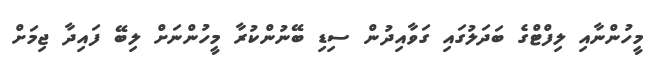
މީހުންނާއި ލިފްޓްގެ ބަދަލުގައި ގަވާއިދުން ސިޑި ބޭނުންކުރާ މީހުންނަށް ލިބޭ ފައިދާ ޖިމަށް